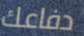
دفاعك